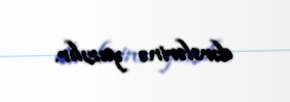
dərslərinə yazılır.